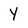
Character: Y